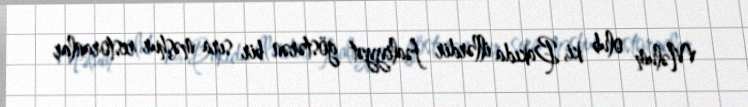
Məlum olub ki, Bakıda illərdir fəaliyyət göstərən bir sıra məşhur restoranlar